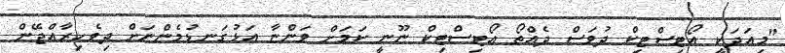
"މިއަދަކީ އޯޓިސްޓިކް ދުވަސް ދެއްތޯ އޯޓިސްޓިކް ނޫނީ ކަމަށް ވަންޏާ އަޅުގަނޑުމެންނަށް ދިވެހިރާއްޖޭން